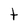
Character: t